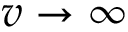
v \rightarrow \infty